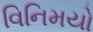
વિનિમયો